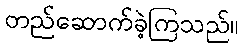
တည်ဆောက်ခဲ့ကြသည်။